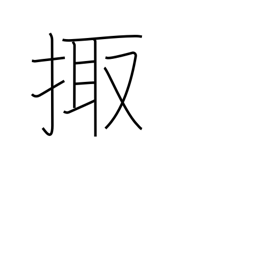
Meaning: night watch